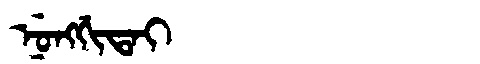
Manchu: ᠨᡠᠩᡤᡳᡨᠠᡳ
Romanization: NUNGGITAI